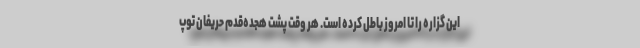
این گزاره را تا امروز باطل کرده است. هر وقت پشت هجده‌قدم حریفان توپ